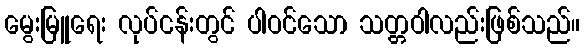
မွေးမြူရေး လုပ်ငန်းတွင် ပါဝင်သော သတ္တဝါလည်းဖြစ်သည်။